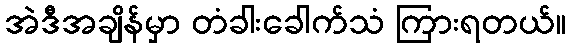
အဲဒီအချိန်မှာ တံခါးခေါက်သံ ကြားရတယ်။